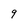
Character: 9